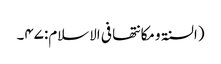
(السنۃ ومکانتھا فی الاسلام:۴۷۔